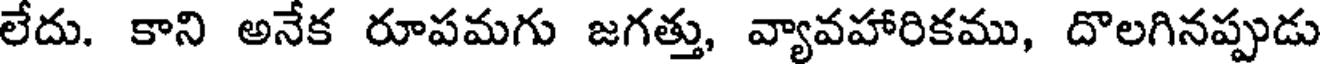
లేదు. కాని అనేక రూపమగు జగత్తు, వ్యావహారికము, దొలగినప్పుడు